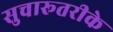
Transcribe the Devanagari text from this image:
सुचारूतरीके